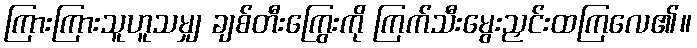
ကြားကြားသူဟူသမျှ ချစ်တီးကြွေးကို ကြက်သီးမွေးညှင်းထကြလေ၏။